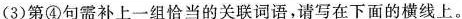
(3)第④句需补上一组恰当的关联词语，请写在下面的横线上。